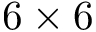
6 \times 6